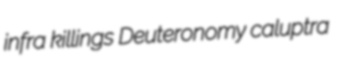
infra killings Deuteronomy caluptra